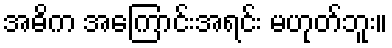
အဓိက အကြောင်းအရင်း မဟုတ်ဘူး။